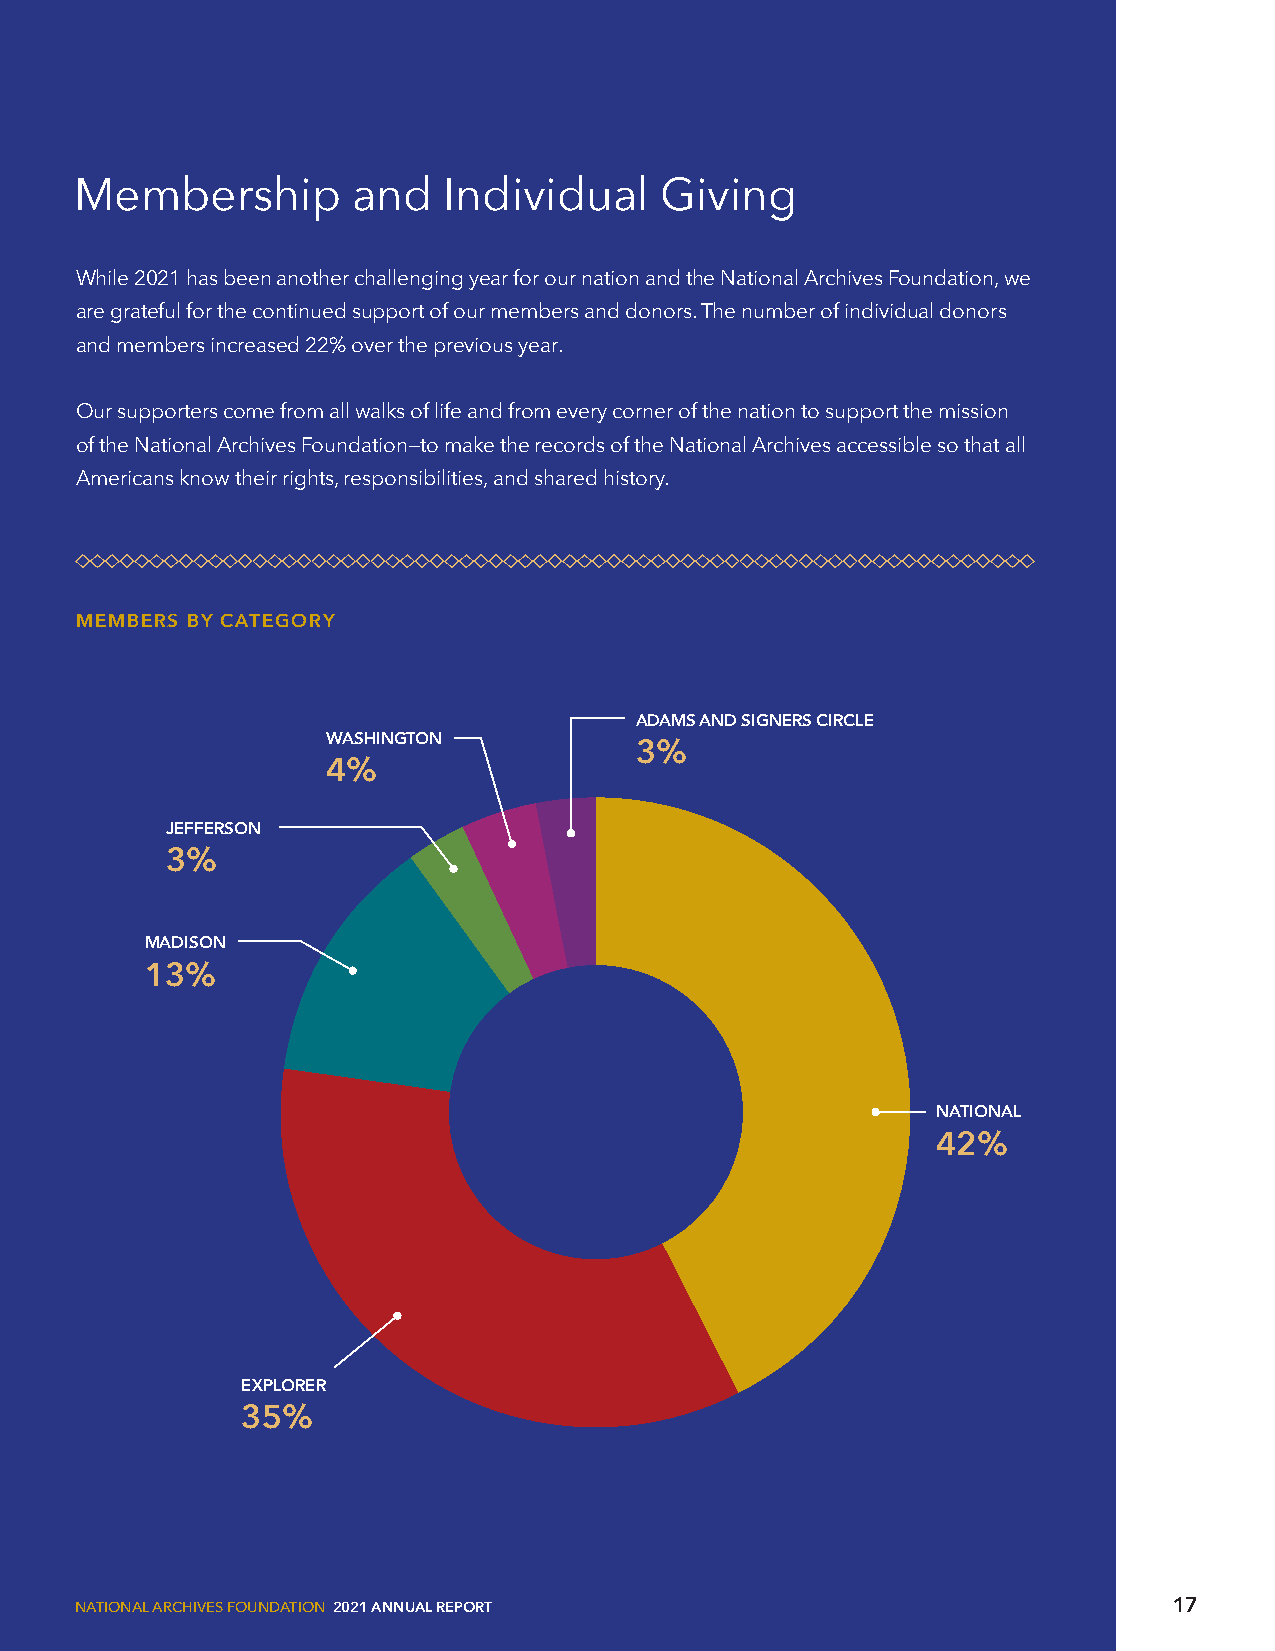
Membership        and   Individual     Giving
 While 2021 has been another challenging year for our nation and the National Archives Foundation, we
 are grateful for the continued support of our members and donors. The number of individual donors
 and members increased 22% over the previous year.
 Our supporters come from all walks of life and from every corner of the nation to support the mission
 of the National Archives Foundation—to make the records of the National Archives accessible so that all
 Americans know their rights, responsibilities, and shared history.
 MEMBERS BY CATEGORY
 ADAMS AND SIGNERS CIRCLE
 WASHINGTON
 3%
 4%
 JEFFERSON
 3%
 MADISON
 13%
 NATIONAL
 42%
 EXPLORER
 35%
 NATIONAL ARCHIVES FOUNDATION 2021 ANNUAL REPORT                          17